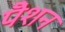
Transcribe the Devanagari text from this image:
पेँशन